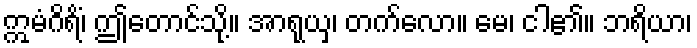
ဣမံဂိရိံ၊ ဤတောင်သို့။ အာရုယှ၊ တက်လော။ မေ၊ ငါ၏။ ဘရိယာ၊